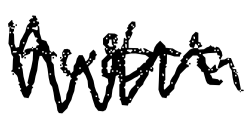
Text: Austria
Cross-out: zig-zag
Writing tool: digital_black